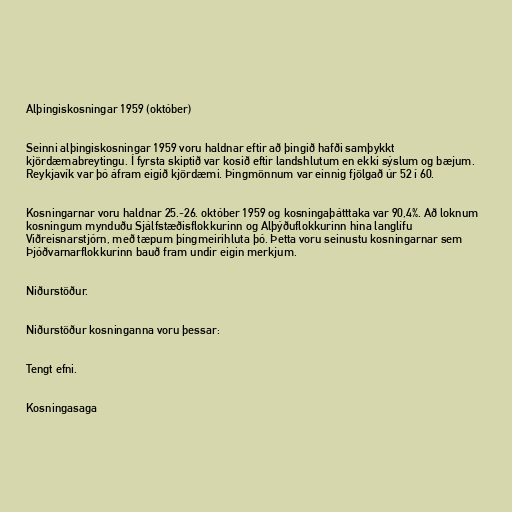
Alþingiskosningar 1959 (október)

Seinni alþingiskosningar 1959 voru haldnar eftir að þingið hafði samþykkt
kjördæmabreytingu. Í fyrsta skiptið var kosið eftir landshlutum en ekki sýslum og bæjum.
Reykjavík var þó áfram eigið kjördæmi. Þingmönnum var einnig fjölgað úr 52 í 60.

Kosningarnar voru haldnar 25.-26. október 1959 og kosningaþátttaka var 90,4%. Að loknum
kosningum mynduðu Sjálfstæðisflokkurinn og Alþýðuflokkurinn hina langlífu
Viðreisnarstjórn, með tæpum þingmeirihluta þó. Þetta voru seinustu kosningarnar sem
Þjóðvarnarflokkurinn bauð fram undir eigin merkjum.

Niðurstöður.

Niðurstöður kosninganna voru þessar:

Tengt efni.

Kosningasaga